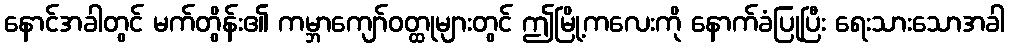
နောင်အခါတွင် မက်တွိန်း၏ ကမ္ဘာကျော်ဝတ္ထုများတွင် ဤမြို့ကလေးကို နောက်ခံပြုပြီး ရေးသားသောအခါ